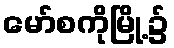
မော်စကိုမြို့၌